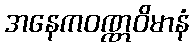
အနေကဝဏ္ဏဝိမာနံ